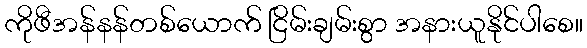
ကိုဖီအန်နန်တစ်ယောက် ငြိမ်းချမ်းစွာ အနားယူနိုင်ပါစေ။